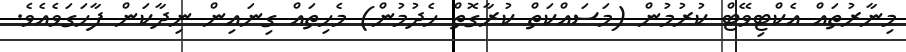
މިނާރުތައް އެކްޓިވޭޓް ކުރުމުން (މަސައްކަތް ކުރާގޮތް ހެދުމުން) މެހިތައް ގިނައިން ނިދާކަން ފާހަގަވެއެވެ.